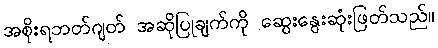
အစိုးရဘတ်ဂျတ် အဆိုပြုချက်ကို ဆွေးနွေးဆုံးဖြတ်သည်။